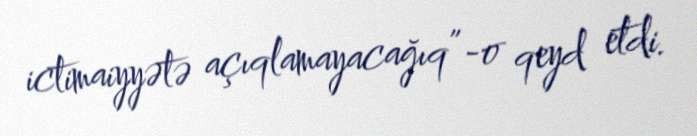
ictimaiyyətə açıqlamayacağıq”-o qeyd etdi.